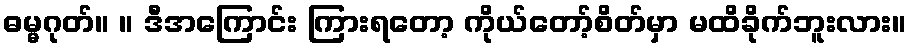
ဓမ္မဂုတ်။ ။ ဒီအကြောင်း ကြားရတော့ ကိုယ်တော့်စိတ်မှာ မထိခိုက်ဘူးလား။